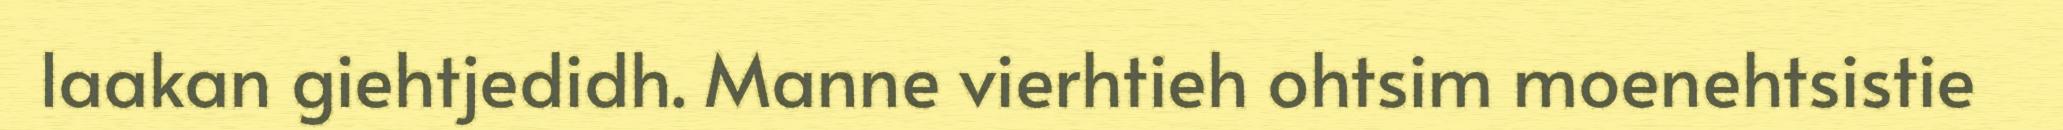
laakan giehtjedidh. Manne vierhtieh ohtsim moenehtsistie